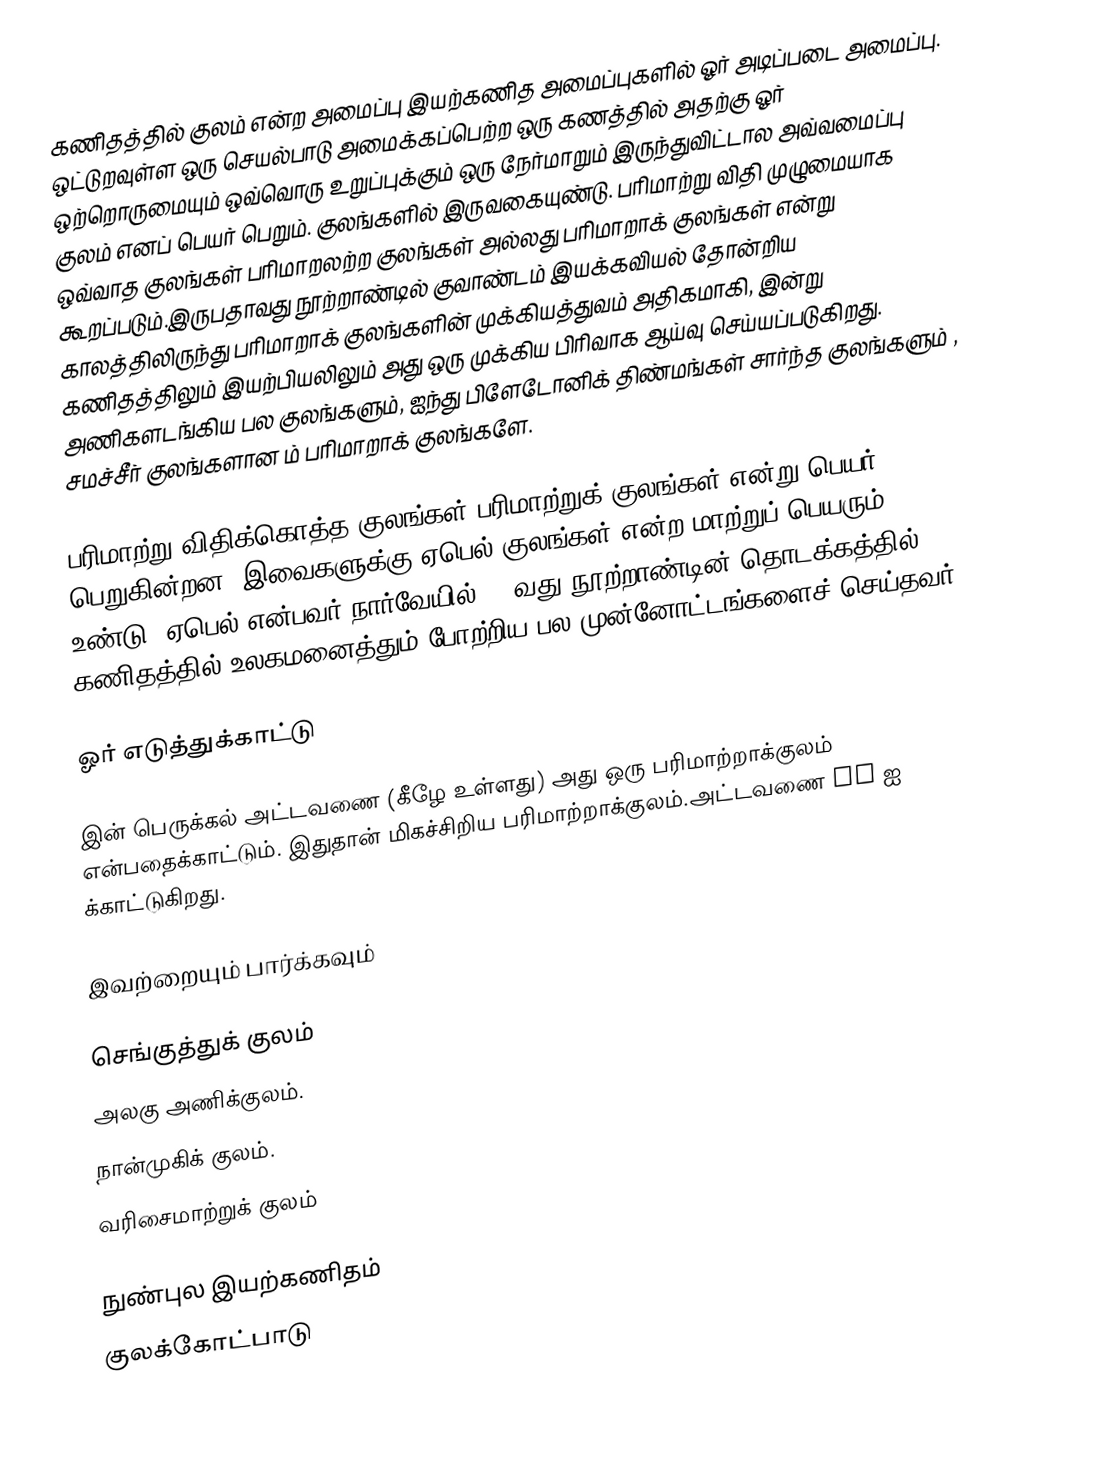
கணிதத்தில் குலம் என்ற அமைப்பு இயற்கணித அமைப்புகளில் ஓர் அடிப்படை அமைப்பு. ஒட்டுறவுள்ள ஒரு செயல்பாடு அமைக்கப்பெற்ற ஒரு கணத்தில் அதற்கு ஓர் ஒற்றொருமையும் ஒவ்வொரு உறுப்புக்கும் ஒரு நேர்மாறும் இருந்துவிட்டால அவ்வமைப்பு குலம் எனப் பெயர் பெறும். குலங்களில் இருவகையுண்டு.  பரிமாற்று விதி முழுமையாக ஒவ்வாத குலங்கள் பரிமாறலற்ற குலங்கள் அல்லது பரிமாறாக் குலங்கள் என்று கூறப்படும்.இருபதாவது நூற்றாண்டில் குவாண்டம் இயக்கவியல் தோன்றிய காலத்திலிருந்து பரிமாறாக் குலங்களின் முக்கியத்துவம் அதிகமாகி, இன்று கணிதத்திலும் இயற்பியலிலும் அது ஒரு முக்கிய பிரிவாக ஆய்வு செய்யப்படுகிறது. அணிகளடங்கிய பல குலங்களும், ஐந்து பிளேடோனிக் திண்மங்கள் சார்ந்த குலங்களும் , சமச்சீர் குலங்களான  ம் பரிமாறாக் குலங்களே.

பரிமாற்று விதிக்கொத்த குலங்கள்  பரிமாற்றுக் குலங்கள் என்று பெயர் பெறுகின்றன. இவைகளுக்கு ஏபெல் குலங்கள் என்ற மாற்றுப் பெயரும் உண்டு. ஏபெல் என்பவர் நார்வேயில் 19-வது நூற்றாண்டின் தொடக்கத்தில் கணிதத்தில் உலகமனைத்தும் போற்றிய பல முன்னோட்டங்களைச் செய்தவர்.

ஓர் எடுத்துக்காட்டு

 இன் பெருக்கல் அட்டவணை (கீழே உள்ளது) அது ஒரு பரிமாற்றாக்குலம் என்பதைக்காட்டும். இதுதான் மிகச்சிறிய பரிமாற்றாக்குலம்.அட்டவணை  xy ஐ க்காட்டுகிறது.

இவற்றையும் பார்க்கவும்

செங்குத்துக் குலம்
அலகு அணிக்குலம்.
நான்முகிக் குலம்.
 வரிசைமாற்றுக் குலம்

நுண்புல இயற்கணிதம்
குலக்கோட்பாடு